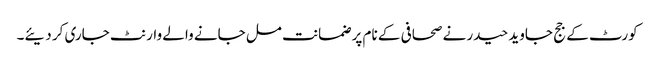
کورٹ کے جج جاوید حیدر نے صحافی کے نام پر ضمانت مل جانے والے وارنٹ جاری کر دیئے۔